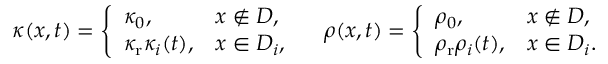
\begin{array} { r } { \kappa ( x , t ) = \left\{ \begin{array} { l l } { \kappa _ { 0 } , } & { x \notin { D } , } \\ { \kappa _ { \mathrm { r } } \kappa _ { i } ( t ) , } & { x \in D _ { i } , } \end{array} \right. \quad \rho ( x , t ) = \left\{ \begin{array} { l l } { \rho _ { 0 } , } & { x \notin { D } , } \\ { \rho _ { \mathrm { r } } \rho _ { i } ( t ) , } & { x \in D _ { i } . } \end{array} \right. } \end{array}